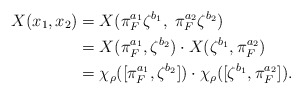
\begin{align*} X(x_1,x_2) &= X(\pi_{F}^{a_1}\zeta^{b_1},\; \pi_{F}^{a_2}\zeta^{b_2})\\ &= X(\pi_{F}^{a_1},\zeta^{b_2})\cdot X(\zeta^{b_1},\pi_{F}^{a_2})\\ &=\chi_\rho([\pi_{F}^{a_1},\zeta^{b_2}])\cdot\chi_\rho([\zeta^{b_1},\pi_{F}^{a_2}]).\end{align*}